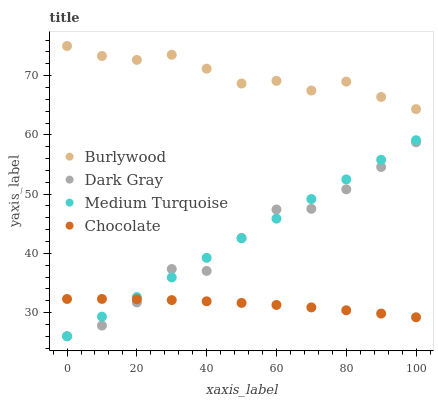
| xaxis_label | Burlywood | Dark Gray | Medium Turquoise | Chocolate |
 | --- | --- | --- | --- | --- |
 | 0 | 75 | 26 | 26 | 32.3 |
 | 10 | 73.3 | 27.8 | 29.3 | 32.3 |
 | 20 | 72.7 | 31.7 | 32.6 | 32.2 |
 | 30 | 73.5 | 37.4 | 35.9 | 32.1 |
 | 40 | 71.2 | 37 | 39.2 | 31.9 |
 | 50 | 68.7 | 42.6 | 42.5 | 31.6 |
 | 60 | 69.1 | 47.4 | 45.9 | 31.3 |
 | 70 | 67.5 | 47.5 | 49.2 | 30.9 |
 | 80 | 69 | 50.8 | 52.5 | 30.4 |
 | 90 | 66.4 | 54.6 | 55.8 | 29.8 |
 | 100 | 64.4 | 58.7 | 59.1 | 29.2 |